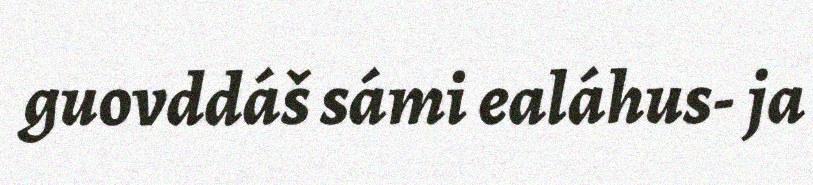
guovddáš sámi ealáhus- ja